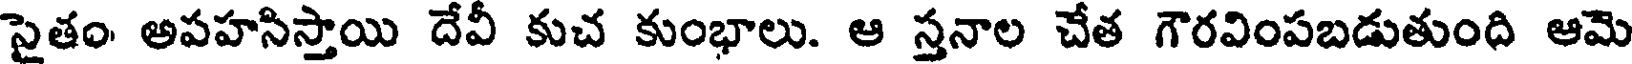
సైతం అపహసిస్తాయి దేవీ కుచ కుంభాలు. ఆ స్తనాల చేత గౌరవింపబడుతుంది ఆమె